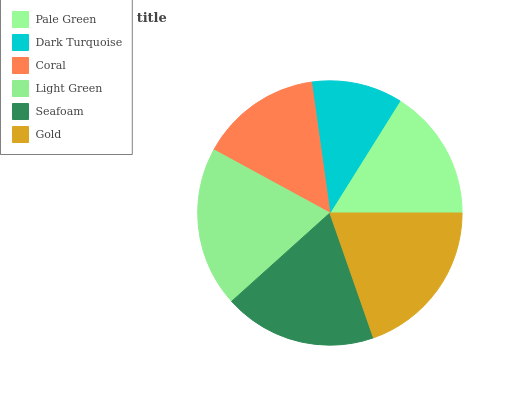
| Pale Green | Dark Turquoise | Coral | Light Green | Seafoam | Gold |
 | --- | --- | --- | --- | --- | --- |
 | 16.1% | 11.1% | 14.9% | 19.6% | 18.6% | 19.7% |